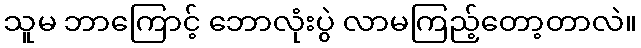
သူမ ဘာကြောင့် ဘောလုံးပွဲ လာမကြည့်တော့တာလဲ။